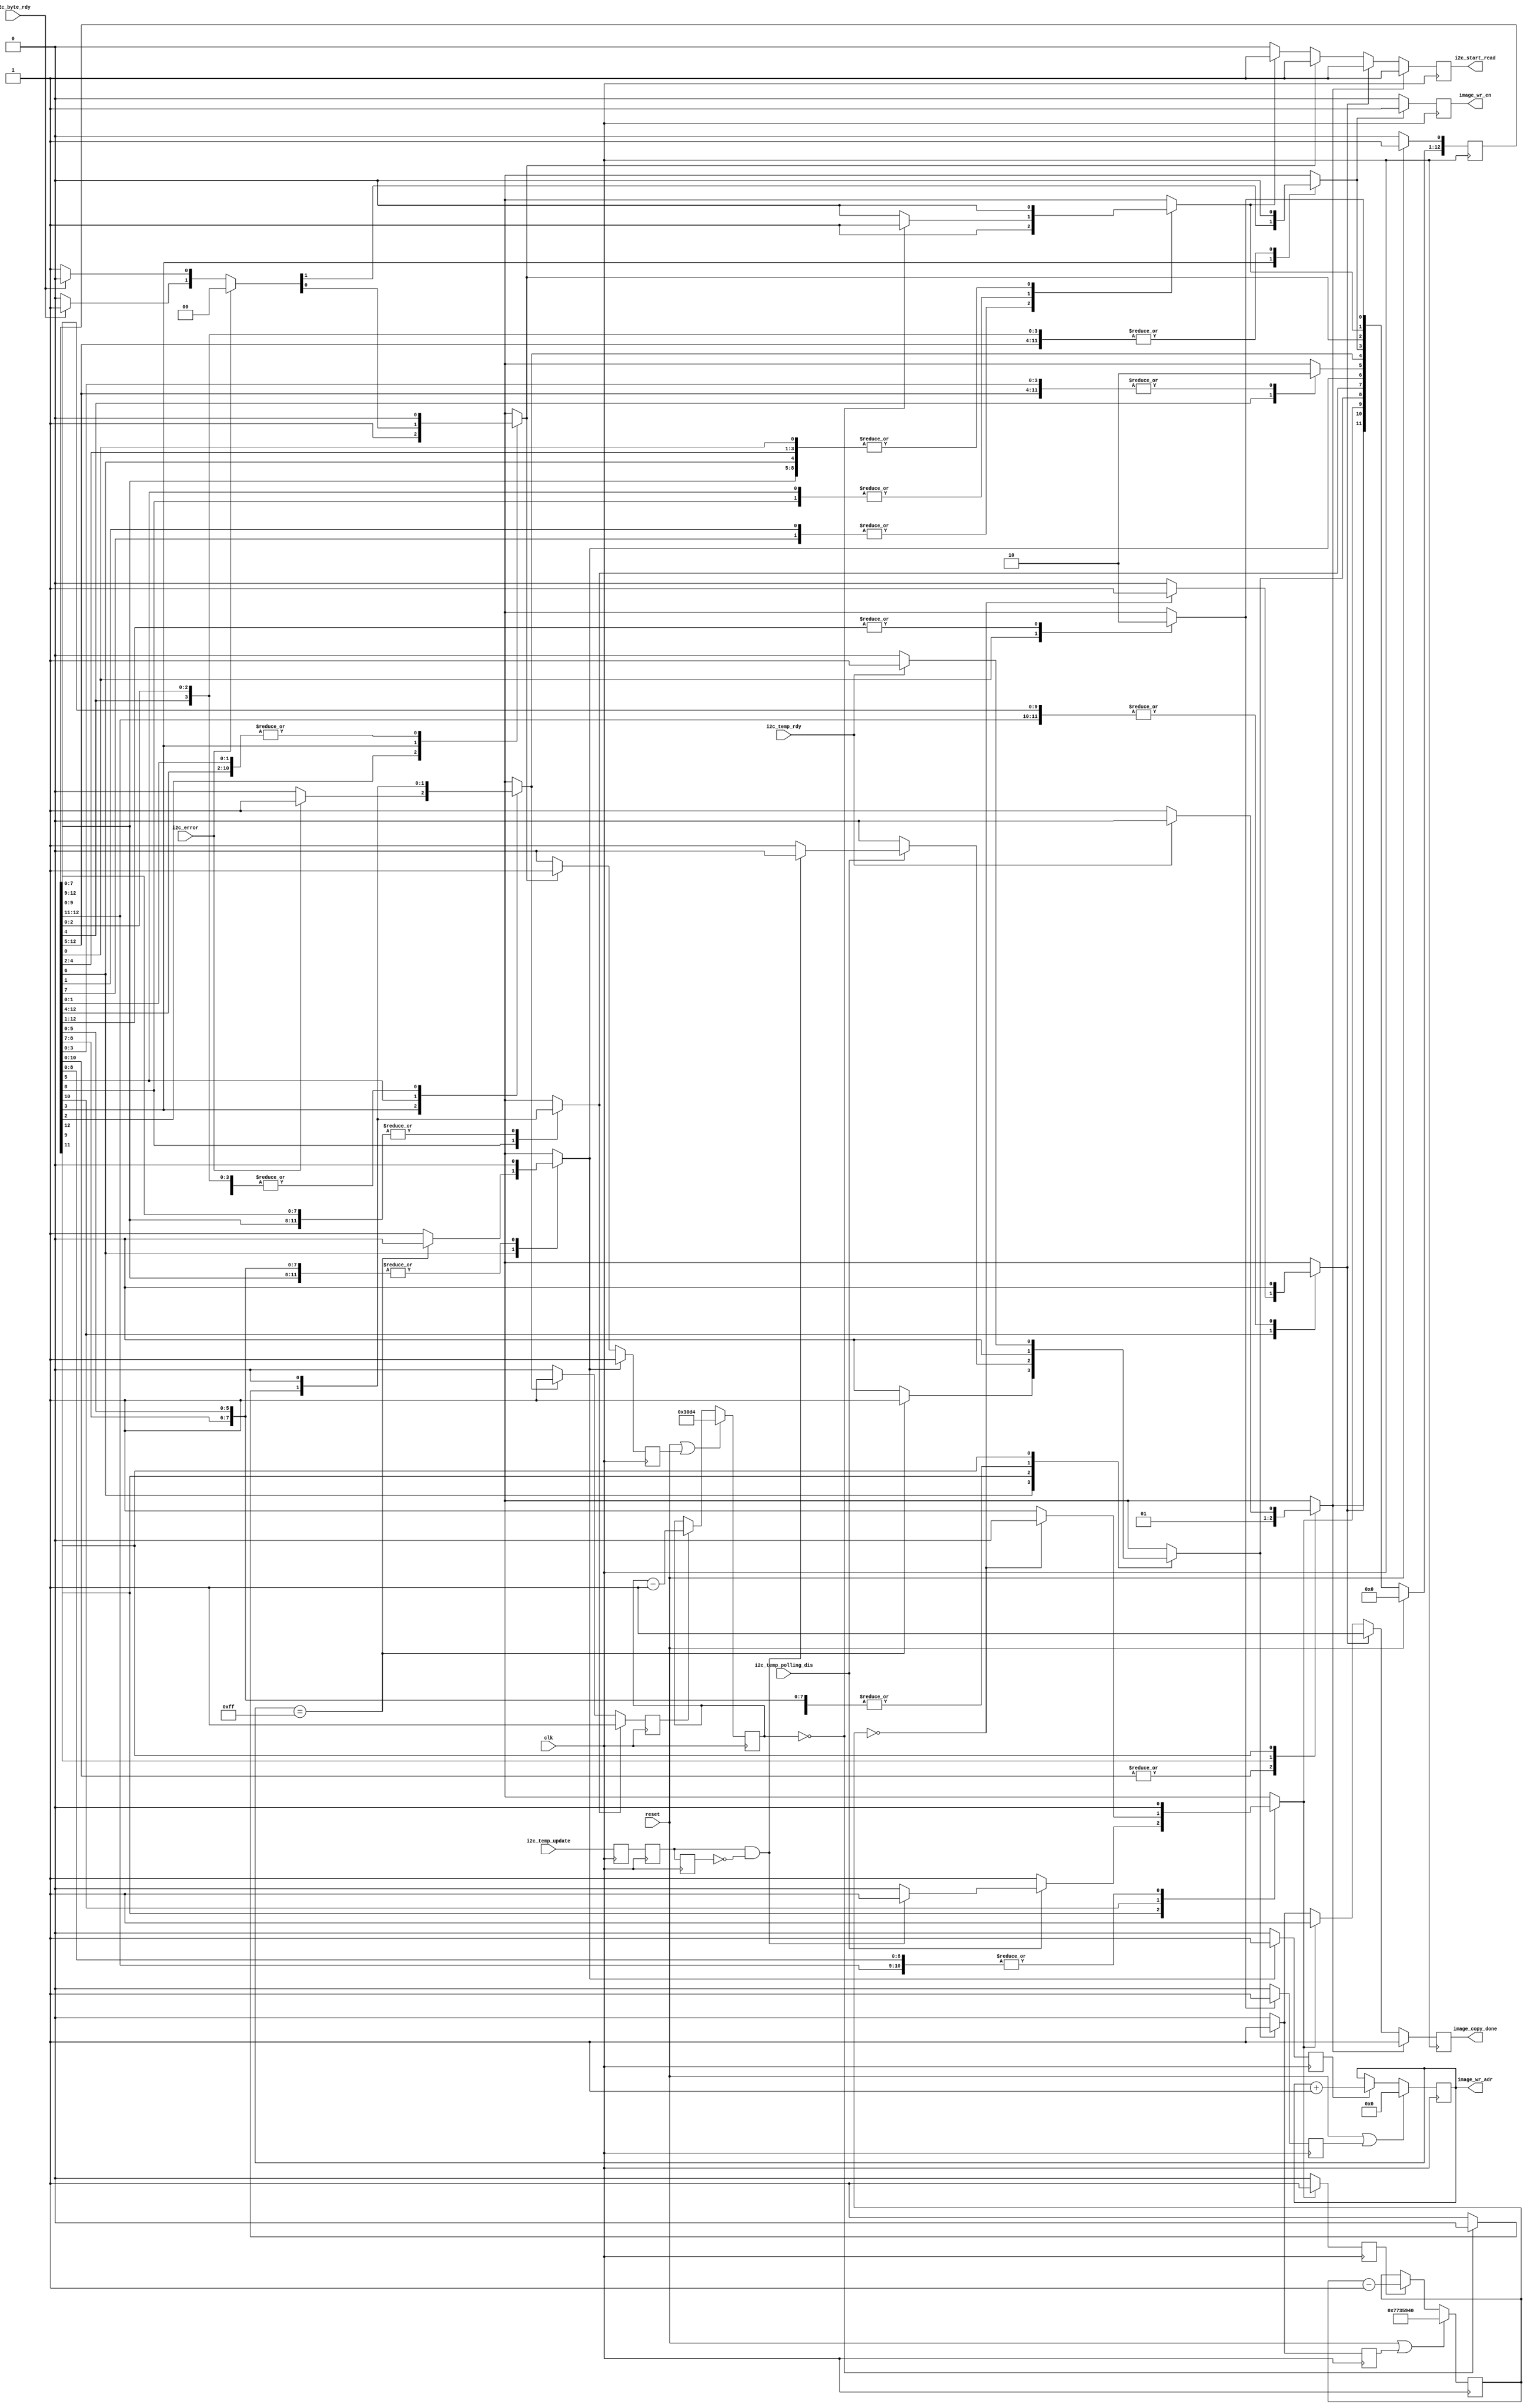
// This state machine reads the entire contents of the I2C EEPROM and stores it in a RAM block
// and then periodically polls the I2C temperature sensor.

// synopsys translate_off
`timescale 1ns / 10ps
// synopsys translate_on

module i2c_read_eeprom_sm (
    // inputs
    input clk,                     // 125 MHz clock for IPbus 
    input reset,                   // synchronous, active-hi reset from 'rst_from_ipb'
    input i2c_byte_rdy,            // a byte has been retrieved from the EEPROM
    input i2c_temp_rdy,            // temperature has been retrieved from the EEPROM
    input i2c_error,               // an error occurred
    input i2c_temp_polling_dis,    // disable temperature polling
    input i2c_temp_update,         // update temperature value
    // outputs
    output reg i2c_start_read,     // start the sequence to read a byte
    output reg [7:0] image_wr_adr, // the 'wr' address
    output reg image_wr_en,        // memory 'wr' port enable
    output reg image_copy_done     // the entire EEPROM has been read
);

// Create an address counter used for writing the EEPROM contents to the image memory
reg init_image_wr_adr, inc_image_wr_adr; // 'wr' address controls
always @(posedge clk) begin
    if (reset | init_image_wr_adr)
        // always start at the beginning of the EEPROM
        image_wr_adr[7:0] <= 8'h00;
    else if (inc_image_wr_adr)
        // increment the address
        image_wr_adr[7:0] <= image_wr_adr[7:0] + 1;
end

// Create an counter used for pausing between bytes
// This is mainly for separating activity during simulation
reg init_pause_cntr, dec_pause_cntr;
reg [15:0] pause_cntr;
always @(posedge clk) begin
    if (reset | init_pause_cntr)
        // initialize the counter
        pause_cntr[15:0] <= 16'd12500; // 12500 = 100 usec @ 125 MHz
    else if (dec_pause_cntr)
        // decrement the counter
        pause_cntr[15:0] <= pause_cntr[15:0] - 1;
end

// Create an counter used for pausing between temperature reads
reg init_temp_cntr, dec_temp_cntr;
reg [26:0] temp_cntr;
always @(posedge clk) begin
    if (reset | init_temp_cntr)
        // initialize the counter
        temp_cntr[26:0] <= 27'd125000000; // 125000000 = 1 sec @ 125 MHz
    else if (dec_temp_cntr)
        // decrement the counter
        temp_cntr[26:0] <= temp_cntr[26:0] - 1;
end

// Generate a single clock strobe to update the temperature value
reg i2c_temp_update_sync1, i2c_temp_update_sync2, i2c_temp_update_sync3;
wire update_strobe;
always @(posedge clk) begin
    i2c_temp_update_sync1 <= i2c_temp_update;
    i2c_temp_update_sync2 <= i2c_temp_update_sync1;
    i2c_temp_update_sync3 <= i2c_temp_update_sync2;
end
assign update_strobe = i2c_temp_update_sync2 & ~i2c_temp_update_sync3;


////////////////////////////////////////////////////////////////////////////////////////
// Connect a state machine that will copy the entire EEPROM contents to the image memory
// Four states are used to read each byte:
//   1. Initialize the transfer
//   2. Wait for the data to be ready
//   3. Store the data
//   4. Check if all of the data has been copied

// Declare the symbolic names for states
// Simplified one-hot encoding (each constant is an index into an array of bits)
parameter [3:0]
    IDLE       = 4'd0,
    INIT       = 4'd1,
    REQ_BYTE   = 4'd2,
    WAIT_BYTE  = 4'd3,
    STORE_BYTE = 4'd4,
    PAUSE1     = 4'd5,
    CHECK_CNT  = 4'd6,
    INC_ADR    = 4'd7,
    PAUSE2     = 4'd8,
    DONE_INIT  = 4'd9,
    PAUSE3     = 4'd10,
    REQ_TEMP   = 4'd11,
    WAIT_TEMP  = 4'd12;
    
// Declare current state and next state variables
reg [12:0] /* synopsys enum STATE_TYPE */ CS;
reg [12:0] /* synopsys enum STATE_TYPE */ NS;
// synopsys state_vector CS
 
// sequential always block for state transitions (use non-blocking [<=] assignments)
always @(posedge clk) begin
    if (reset) begin
        CS <= 13'b0;      // set all state bits to 0
        CS[IDLE] <= 1'b1; // set IDLE state bit to 1
    end
    else
        CS <= NS;         // set state bits to next state
end

// combinational always block to determine next state (use blocking [=] assignments)
always @(CS or i2c_error or i2c_byte_rdy or image_wr_adr[7:0] or pause_cntr[15:0] or i2c_temp_rdy or temp_cntr[26:0] or i2c_temp_polling_dis or update_strobe) begin
    NS = 13'b0; // default all bits to zero; will override one bit

    case (1'b1) // synopsys full_case parallel_case
        // Leave the IDLE state as soon as 'reset' is negated
        CS[IDLE]: begin
            NS[INIT] = 1'b1;
        end

        // Need a single state after IDLE to isolate NS[GET_00] outputs
        CS[INIT]: begin
            NS[REQ_BYTE] = 1'b1;
        end

        // Request a byte
        CS[REQ_BYTE]: begin
            NS[WAIT_BYTE] = 1'b1;
        end

        // Wait for the byte
        CS[WAIT_BYTE]: begin
            if (i2c_error)
                NS[PAUSE1] = 1'b1;
            else if (i2c_byte_rdy)
                NS[STORE_BYTE] = 1'b1;
            else
                NS[WAIT_BYTE] = 1'b1;
        end

        // Store the byte
        CS[STORE_BYTE]: begin
            NS[CHECK_CNT] = 1'b1;
        end

        // Insert delay before trying again
        CS[PAUSE1]: begin
            if (pause_cntr[15:0] == 16'h0000)
                NS[REQ_BYTE] = 1'b1;
            else
                NS[PAUSE1] = 1'b1;
        end

        // See if all bytes have been read
        CS[CHECK_CNT]: begin
            if (image_wr_adr[7:0] == 8'hff)
                NS[DONE_INIT] = 1'b1;
            else
                NS[INC_ADR] = 1'b1;
        end

        // Increment the EEPROM address
        CS[INC_ADR]: begin
            NS[REQ_BYTE] = 1'b1; // no delay between bytes
            //NS[PAUSE2] = 1'b1; // uncomment if you want a delay between bytes
        end

        // Insert delay between bytes
        CS[PAUSE2]: begin
            if (pause_cntr[15:0] == 16'h0000)
                NS[REQ_BYTE] = 1'b1;
            else
                NS[PAUSE2] = 1'b1;
        end

        // Transition to temperature loop
        CS[DONE_INIT]: begin
            if (i2c_temp_polling_dis) begin
                if (update_strobe)
                    NS[PAUSE3] = 1'b1; // continue on to read the temperature
                else
                    NS[DONE_INIT] = 1'b1; // stay here
            end
            else
                NS[PAUSE3] = 1'b1; // continue on to read the temperature
        end

        // Pause here before periodically reading temperature
        CS[PAUSE3]: begin
            if (temp_cntr[26:0] == 27'h0000000)
                NS[REQ_TEMP] = 1'b1;
            else
                NS[PAUSE3] = 1'b1;
        end

        // Request for a temperature
        CS[REQ_TEMP]: begin
            NS[WAIT_TEMP] = 1'b1;
        end

        // Wait for the temperature
        CS[WAIT_TEMP]: begin
            if (i2c_temp_rdy)
                NS[DONE_INIT] = 1'b1;
            else
                NS[WAIT_TEMP] = 1'b1;
        end
    endcase
end // combinational always block to determine next state

// Drive outputs for each state at the same time as when we enter the state.
// Use the NS[] array.
always @(posedge clk) begin
    // defaults
    i2c_start_read    <= 1'b0;
    image_wr_en       <= 1'b0;
    image_copy_done   <= 1'b0;
    init_image_wr_adr <= 1'b0;
    inc_image_wr_adr  <= 1'b0;
    init_pause_cntr   <= 1'b0;
    dec_pause_cntr    <= 1'b0;
    init_temp_cntr    <= 1'b0;
    dec_temp_cntr     <= 1'b0;

    // next states
    if (NS[IDLE]) begin
    end

    if (NS[INIT]) begin
        // initialize the EEPROM address to 0x00
        init_image_wr_adr <= 1'b1;
    end
   
    if (NS[REQ_BYTE]) begin
        // kick off an I2C read
        i2c_start_read <= 1'b1;
    end

    if (NS[WAIT_BYTE]) begin
        // kick off an I2C read
        i2c_start_read <= 1'b1;
        init_pause_cntr  <= 1'b1;
    end

    if (NS[STORE_BYTE]) begin
       // store the byte in the image memory
       image_wr_en <= 1'b1;
    end

    if (NS[PAUSE1]) begin
        dec_pause_cntr <= 1'b1;
    end

    if (NS[CHECK_CNT]) begin
    end

    if (NS[INC_ADR]) begin
        // increment the EEPROM address
        inc_image_wr_adr <= 1'b1;
        init_pause_cntr  <= 1'b1;
    end

    if (NS[PAUSE2]) begin
        dec_pause_cntr <= 1'b1;
    end

    if (NS[DONE_INIT]) begin
        // signal that we are done
        image_copy_done <= 1'b1;
        init_temp_cntr  <= 1'b1;
    end

    if (NS[PAUSE3]) begin
        image_copy_done <= 1'b1;
        dec_temp_cntr   <= 1'b1;
    end

    if (NS[REQ_TEMP]) begin
        image_copy_done <= 1'b1;
        i2c_start_read  <= 1'b1;
    end

    if (NS[WAIT_TEMP]) begin
        image_copy_done <= 1'b1;
        i2c_start_read  <= 1'b1;
    end
end

endmodule